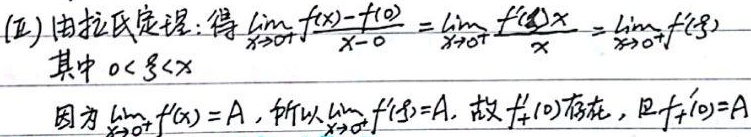
(五) 由拉氏定理：得\(\lim\limits_{x \to 0^{+}}\frac{f(x)-f(0)}{x - 0}=\lim\limits_{x \to 0^{+}}\frac{f'(\xi)x}{x}=\lim\limits_{x \to 0^{+}}f'(\xi)\)，其中\(0 < \xi < x\)。因为\(\lim\limits_{x \to 0^{+}}f'(x)=A\)，所以\(\lim\limits_{x \to 0^{+}}f'(\xi)=A\)，故\(f_{+}'(0)\)存在，且\(f_{+}'(0)=A\)